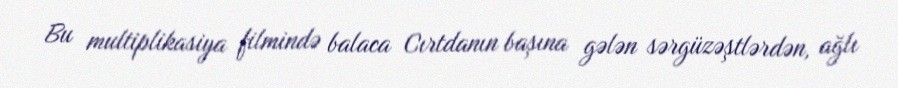
Bu multiplikasiya filmində balaca Cırtdanın başına gələn sərgüzəştlərdən, ağlı